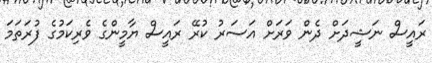
ރައީސް ނަޝީދަށް ދެން ވަރަށް އަސަރު ކުރޭ ރައީސް ޔާމީންގެ ވެރިކަމުގެ ފުރަތަމަ